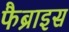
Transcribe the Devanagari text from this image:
फैब्राइस